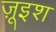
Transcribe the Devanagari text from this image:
ज़ूइश